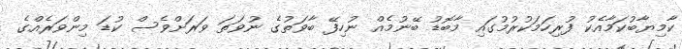
ކާމިޔާބުކަމާއެކު ފުރިހަމަކުރުމުގައި މާބޮޑު ބޭނުމެއް ނުހިފޭ ބާވަތުގެ ނުވަތަ ވަރަށްވެސް ކުޑަ މިންވަރެއްގެ